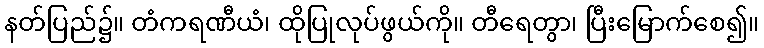
နတ်ပြည်၌။ တံကရဏီယံ၊ ထိုပြုလုပ်ဖွယ်ကို။ တီရေတွာ၊ ပြီးမြောက်စေ၍။